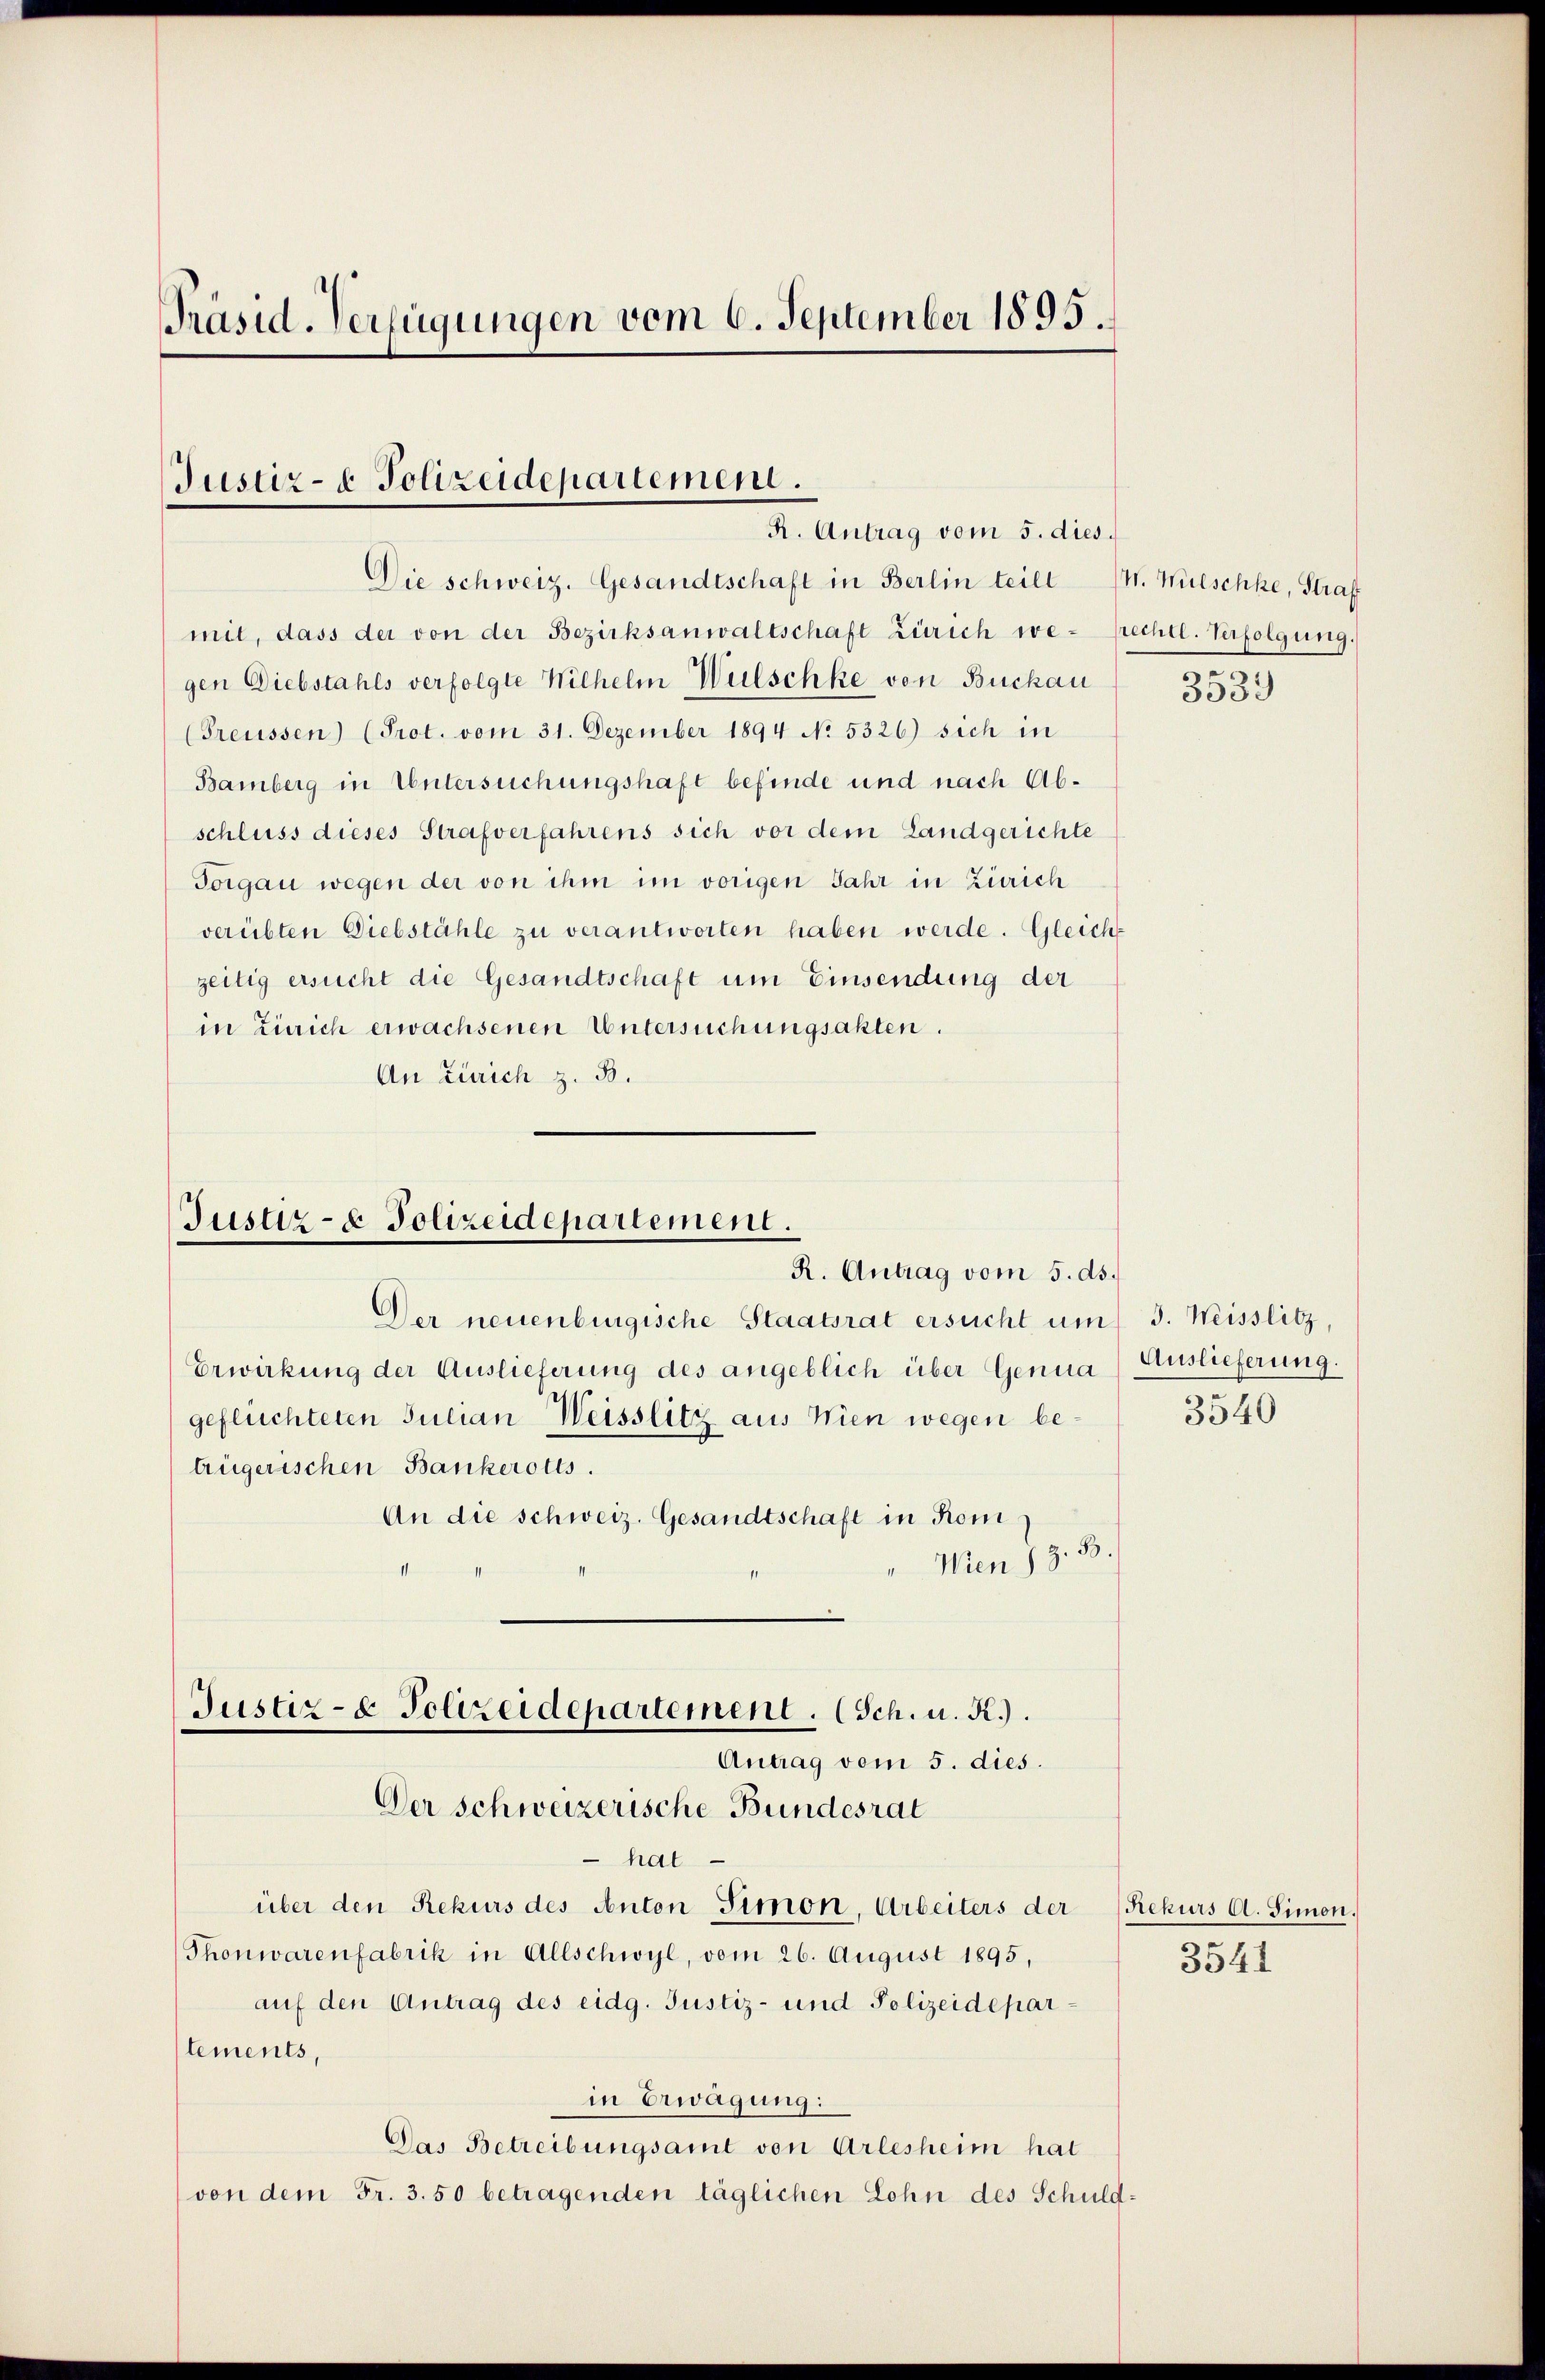
Präsid-Verfügungen vom 6. September 1895.

Justiz- & Polizeidepartement.
R. Antrag vom 5. dies

Die schweiz. Gesandtschaft in Berlin teilt (11. Mülschke, Straf
mit, dass der von der Bezirksanwaltschaft Zürich we- frechtl. Verfolgŭng.
gen Diebstahls verfolgte Wilhelm Wulschke von Buckau
(Preussen (Prot. vom 31. Dezember 1894 No. 5326) sich in
Bamberg in Untersuchungshaft befinde und nach Abschluss dieses Strafverfahrens sich vor dem Landgerichte
Torgan wegen der von ihm im vorigen Jahr in Zürich
verübten Diebstähle zu verantworten haben werde. Gleichzeitig ersucht die Gesandtschaft um Einsendung der
in Zürich erwachsenen Untersuchungsakten.
An Zürich z. B.

Justiz- & Polizeidepartement.
R. Antrag vom 5. ds.

Der neuenburgische Staatsrat ersucht um 3. Weisslitz,
Erwirkung der Auslieferung des angeblich über Genua
geflüchteten Julian Weisslitz aus Wien wegen betrügerischen Bankerotts.
An die schweiz. Gesandtschaft in Kom
"Wen J. J. B.
Pfenn, den einfin¬
Der schweizerische Bundesrat
 hat
über den Rekurs des Anton Simon, Arbeiters der Rekurs A. Simon.
Thonwarenfabrik in Allschwyl, vom 26. August 1895,
auf den Antrag des eidg. Justiz- und Polizeideparlements,
in Erwägung:
Das Betreibungsamt von Arlesheim hat
(von dem Fr. 3. 50 betragenden täglichen Lohn des Schuld-

Justiz- & Polizeidepartement. (Sch. u. R.).
Antrag vom 5. dies.

3
3039

Auslieferung.
3540

3541